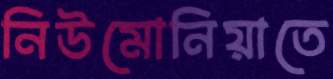
নিউমোনিয়াতে